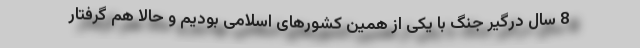
8 سال درگیر جنگ با یکی از همین کشورهای اسلامی بودیم و حالا هم گرفتار